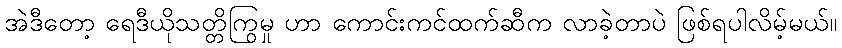
အဲဒီတော့ ရေဒီယိုသတ္တိကြွမှု ဟာ ကောင်းကင်ထက်ဆီက လာခဲ့တာပဲ ဖြစ်ရပါလိမ့်မယ်။